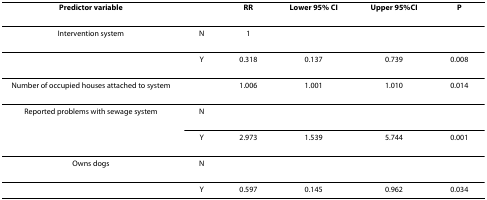
<table><thead><tr><td><b>Predictor variable</b></td><td></td><td><b>RR</b></td><td><b>Lower 95% CI</b></td><td><b>Upper 95%CI</b></td><td><b>P</b></td></tr></thead><tbody><tr><td>Intervention system</td><td>N</td><td>1</td><td></td><td></td><td></td></tr><tr><td></td><td>Y</td><td>0.318</td><td>0.137</td><td>0.739</td><td>0.008</td></tr><tr><td>Number of occupied houses attached to system</td><td></td><td>1.006</td><td>1.001</td><td>1.010</td><td>0.014</td></tr><tr><td>Reported problems with sewage system</td><td>N</td><td></td><td></td><td></td><td></td></tr><tr><td></td><td>Y</td><td>2.973</td><td>1.539</td><td>5.744</td><td>0.001</td></tr><tr><td>Owns dogs</td><td>N</td><td></td><td></td><td></td><td></td></tr><tr><td></td><td>Y</td><td>0.597</td><td>0.145</td><td>0.962</td><td>0.034</td></tr></tbody></table>